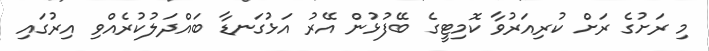
މި ރަށުގެ ރަށް ކުރިއަރުވާ ކޮމިޓީގެ ބޭފުޅުން އޭރު އަޅުގަނޑާ ބައްދަލުކުރެއްވި އިރުގައި